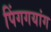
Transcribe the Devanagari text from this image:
पिंगगयांग